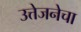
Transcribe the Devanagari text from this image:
उत्तेजनेचा